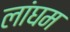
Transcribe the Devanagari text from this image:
लांघम